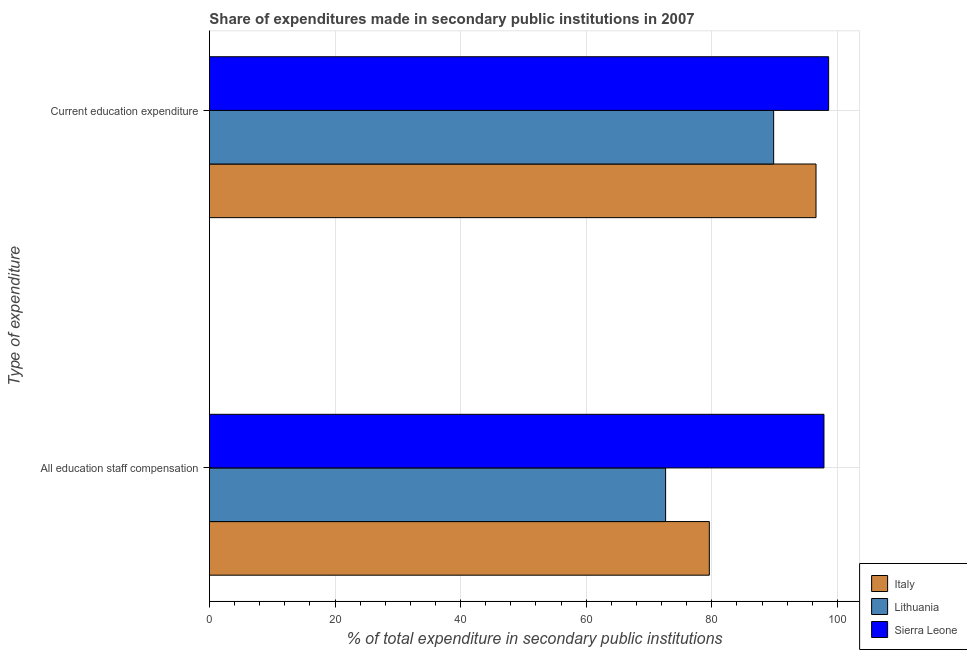
| Type of expenditure | Italy | Lithuania | Sierra Leone |
 | --- | --- | --- | --- |
 | All education staff compensation | 79.6 | 72.6 | 97.9 |
 | Current education expenditure | 96.6 | 89.8 | 98.6 |